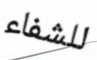
للشفاء